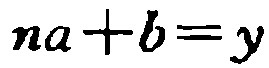
\(na + b = y\)